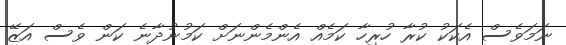
ނަމަވެސް އެކަކު ކުރާ ހުރިހާ ކަމެއް އެންމެންނަށް ކަމުނުދާނެ ކަން ވެސް އަޒޭ